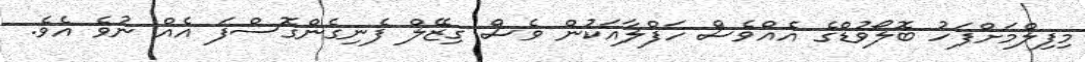
މިފިލްމަށްފަހު ބޮލޯވުޑްގެ އެއްވެސް ހަފްލާއަކުން ވެސް ގިޒޭލް ފެނިގެންގޮސްފަ އެއް ނުވެ އެވެ.